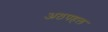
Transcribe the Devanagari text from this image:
अठपहल